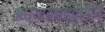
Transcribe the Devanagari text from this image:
अध्यासनावरील